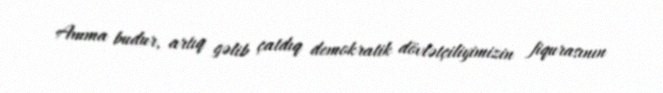
Amma budur, artıq gəlib çatdıq demokratik dövlətçiliyimizin fiqurasının